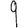
Digit: 9